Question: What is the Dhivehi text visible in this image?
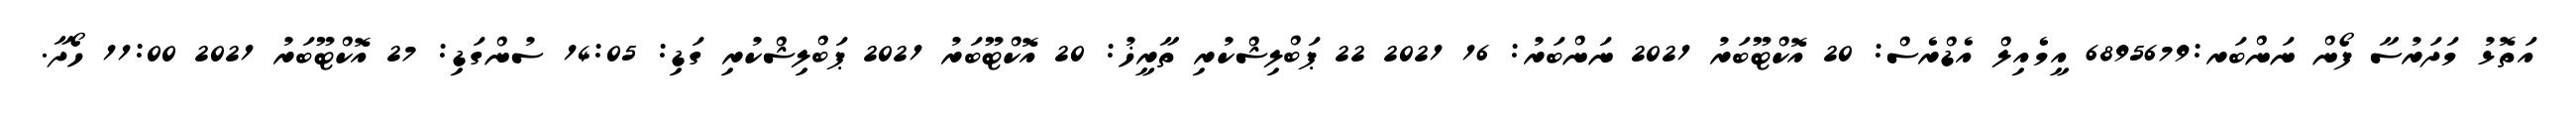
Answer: އަތޮޅު މަދަރުސާ ފޯން ނަންބަރ:6895679 އީމެއިލް އެޑްރެސް: 20 އޮކްޓޫބަރު 2021 ނަންބަރު: 16 2021 22 ޕަބްލިޝްކުރި ތާރީޚު: 20 އޮކްޓޫބަރު 2021 ޕަބްލިޝްކުރި ގަޑި: 14:05 ސުންގަޑި: 27 އޮކްޓޫބަރު 2021 11:00 ހޯދާ.